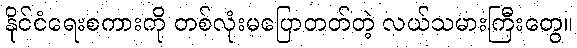
နိုင်ငံရေးစကားကို တစ်လုံးမပြောတတ်တဲ့ လယ်သမားကြီးတွေ။